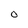
Character: O